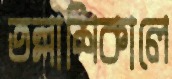
তল্লাশিকালে